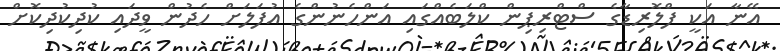
އޭނާ އަކީ ފްލޮރިޑާގެ ސްޓްރިޕިން ކްލަބެއްގައި އަންހެނުންގެ އުފަލަށް ހެދުން ވީދައި ކުދިކުދިކޮށް